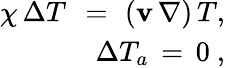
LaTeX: \begin{array}{r}{\chi\, \Delta T\ \, =\, \, ({\mathbf v}\, \mathbf{\nabla})\, {T},\ }\\ {\Delta T_{a}\, =\, 0\ ,\ }\end{array}